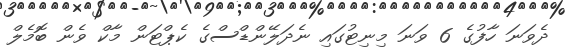
ދެވަނަ ހާފުގެ 6 ވަނަ މިނިޓުގައި ނެދަލޭންޑްސްގެ ކެޕްޓަން މާކް ވެން ބޮމެލް